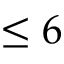
\leq 6